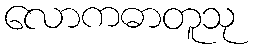
လောကဓာတူသု